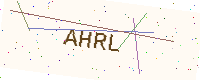
Text: AHRL